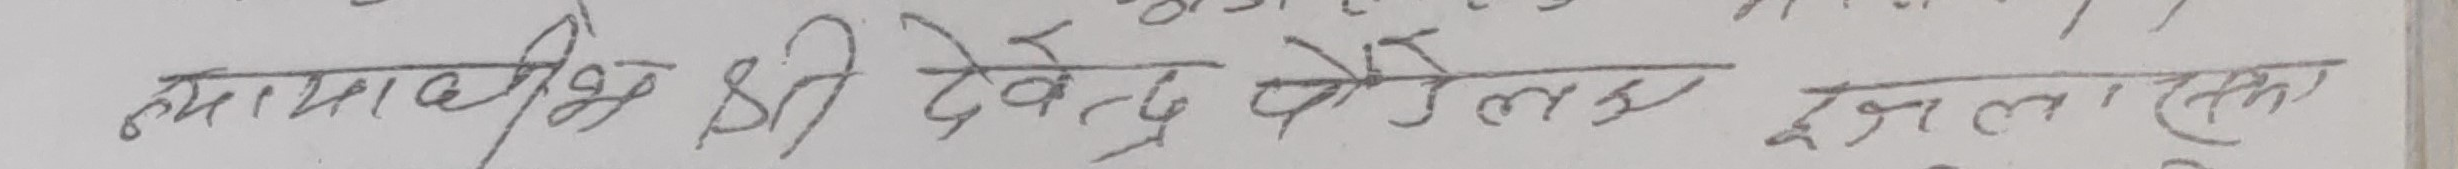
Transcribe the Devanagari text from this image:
न्यायाधीश श्री देवेन्द्र पौडेल द्वारा एकल इजलास